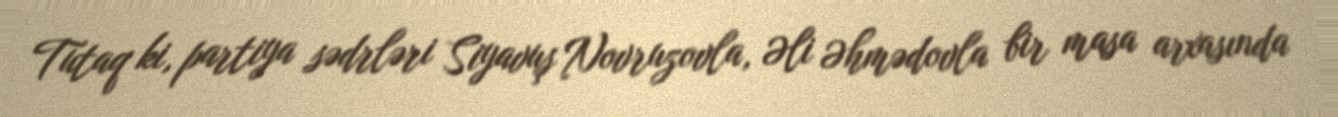
Tutaq ki, partiya sədrləri Siyavuş Novruzovla, Əli Əhmədovla bir masa arxasında